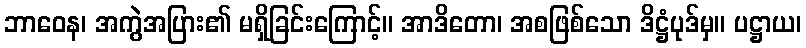
ဘာဝေန၊ အကွဲအပြား၏ မရှိခြင်းကြောင့်။ အာဒိတော၊ အစဖြစ်သော ဒိဋ္ဌံပုဒ်မှ။ ပဋ္ဌာယ၊